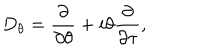
D _ { \theta } = \frac { \partial } { \partial \theta } + i \theta \frac { \partial } { \partial \tau } ,